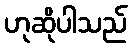
ဟုဆိုပါသည်